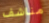
مناشف